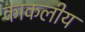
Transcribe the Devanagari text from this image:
काकलीय